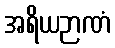
အရိယဉာဏံ